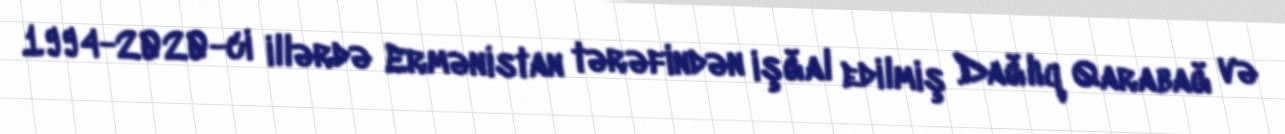
1994-2020-ci illərdə Ermənistan tərəfindən işğal edilmiş Dağlıq Qarabağ və